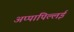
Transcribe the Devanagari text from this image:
अप्पापिल्लई